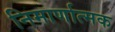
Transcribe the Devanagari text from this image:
निमार्णात्मक